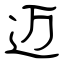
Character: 迈